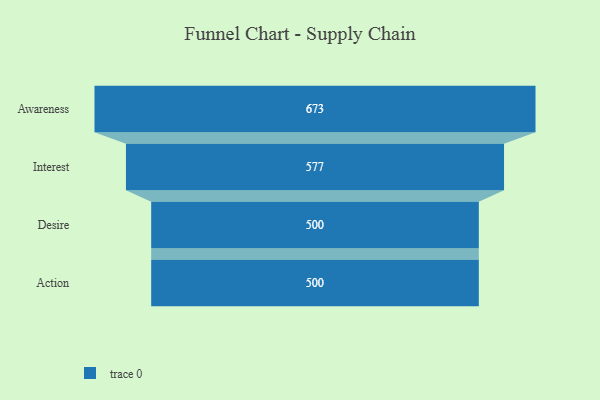
{"axis": {"x": "Stage", "y": "Value"}, "legend": [""], "data": [{"x": "Awareness", "y": 673.0, "type": ""}, {"x": "Interest", "y": 577.0, "type": ""}, {"x": "Desire", "y": 500, "type": ""}, {"x": "Action", "y": 500, "type": ""}]}